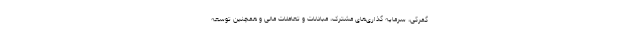
گمرکی، سرمایه گذاری‌های مشترک، مبادلات و تعاملات مالی و همچنین توسعه